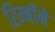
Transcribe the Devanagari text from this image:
रिम्बॉने